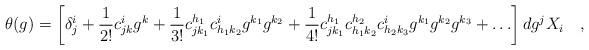
LaTeX: \begin{align*}\theta(g) = \left[ \delta_j^i +\frac{1}{2!} c_{j k}^i g^k +\frac{1}{3!} c_{j k_1}^{h_1}c_{h_1 k_2}^i g^{k_1} g^{k_2} + \frac{1}{4!} c_{j k_1}^{h_1}c_{h_1 k_2}^{h_2}c_{h_2 k_3}^{i}g^{k_1} g^{k_2} g^{k_3}+ \ldots \right] dg^j X_i \quad ,\end{align*}